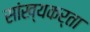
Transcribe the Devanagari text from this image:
सांख्यकर्ता